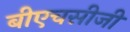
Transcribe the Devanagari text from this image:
बीएचसीजी